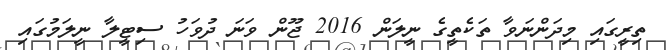
ތިރީގައި މިދަންނަވާ ތަކެތީގެ ނީލަން 2016 ޖޫންް ވަނަ ދުވަހު ސިޓީލާ ނީލަމުގައި